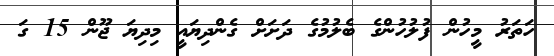
ހަތަރު މީހުން ފުލުހުންގެ ބެލުމުގެ ދަށަށް ގެންދިޔައީ މިދިޔަ ޖޫން 15 ގަ